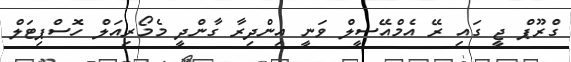
ގްރޫޕް ޖީ ގައި ރޭ އެމްއޭސީލް ވަނީ އިންދިރާ ގާންދީ މެމޯރިއަލް ހޮސްޕިޓަލް